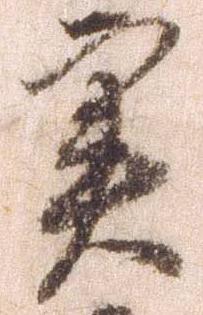
実